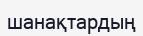
шанақтардың